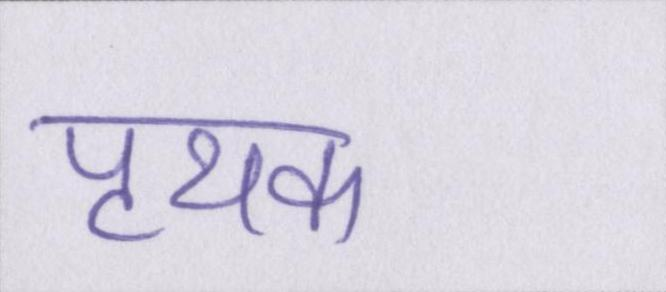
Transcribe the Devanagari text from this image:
पृथक